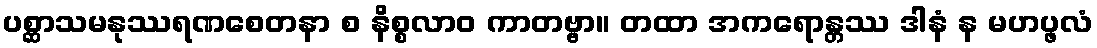
ပစ္ဆာသမနုဿရဏစေတနာ စ နိစ္စလာဝ ကာတဗ္ဗာ။ တထာ အကရောန္တဿ ဒါနံ န မဟပ္ဖလံ